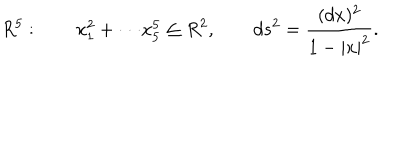
R ^ { 5 } : \qquad x _ { 1 } ^ { 2 } + \cdot \cdot \cdot x _ { 5 } ^ { 5 } \le R ^ { 2 } , \qquad d s ^ { 2 } = { \frac { ( d x ) ^ { 2 } } { 1 - | x | ^ { 2 } } } .